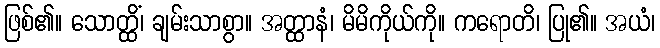
ဖြစ်၏။ သောတ္ထိံ၊ ချမ်းသာစွာ။ အတ္ထာနံ၊ မိမိကိုယ်ကို။ ကရောတိ၊ ပြု၏။ အယံ၊